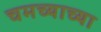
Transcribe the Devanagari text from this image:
चमच्याच्या